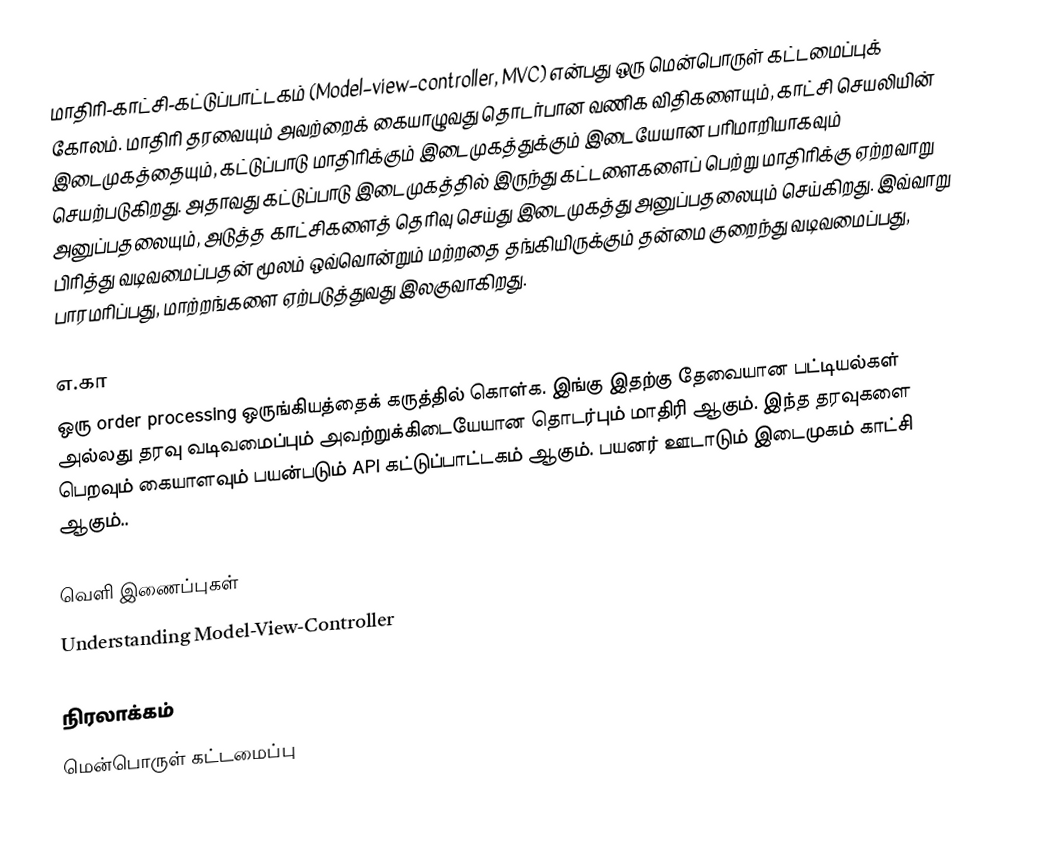
மாதிரி-காட்சி-கட்டுப்பாட்டகம் (Model–view–controller, MVC) என்பது ஒரு மென்பொருள் கட்டமைப்புக் கோலம்.  மாதிரி தரவையும் அவற்றைக் கையாழுவது தொடர்பான வணிக விதிகளையும், காட்சி செயலியின் இடைமுகத்தையும், கட்டுப்பாடு மாதிரிக்கும் இடைமுகத்துக்கும் இடையேயான பரிமாறியாகவும் செயற்படுகிறது.  அதாவது கட்டுப்பாடு இடைமுகத்தில் இருந்து கட்டளைகளைப் பெற்று மாதிரிக்கு ஏற்றவாறு அனுப்பதலையும், அடுத்த காட்சிகளைத் தெரிவு செய்து இடைமுகத்து அனுப்பதலையும் செய்கிறது.  இவ்வாறு பிரித்து வடிவமைப்பதன் மூலம் ஒவ்வொன்றும் மற்றதை தங்கியிருக்கும் தன்மை குறைந்து வடிவமைப்பது, பாரமரிப்பது, மாற்றங்களை ஏற்படுத்துவது இலகுவாகிறது.

எ.கா
ஒரு order processing ஒருங்கியத்தைக் கருத்தில் கொள்க. இங்கு இதற்கு தேவையான பட்டியல்கள் அல்லது தரவு வடிவமைப்பும் அவற்றுக்கிடையேயான தொடர்பும் மாதிரி ஆகும். இந்த தரவுகளை பெறவும் கையாளவும் பயன்படும் API கட்டுப்பாட்டகம் ஆகும். பயனர் ஊடாடும் இடைமுகம் காட்சி ஆகும்..

வெளி இணைப்புகள்
 Understanding Model-View-Controller

நிரலாக்கம்
மென்பொருள் கட்டமைப்பு